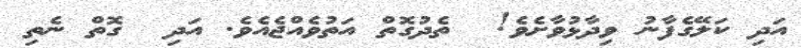
އަދި ކަލޭގެފާނު ވިދާޅުވާށެވެ!  ތެދުގޮތް އަތުވެއްޖެއެވެ. އަދި  ގޮތް ނެތި